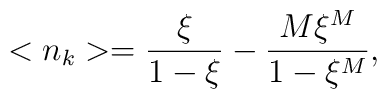
<n_{k}>=\frac{\xi }{1-\xi }-\frac{M\xi ^{M}}{1-\xi ^{M}},